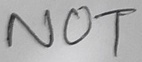
Text: NOT